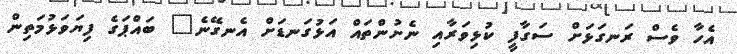
އެހާ ވެސް ރަނގަޅަށް ސަގާފީ ކުޅިވަރާއި ނެށުންތައް އަޅުގަނޑަށް އެނގޭނެ" ބައްޕަގެ ފިޔަވަޅުމަތިން